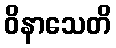
ဝိနာသေတိ